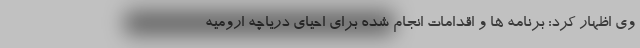
وی اظهار کرد: برنامه ها و اقدامات انجام شده برای احیای دریاچه ارومیه